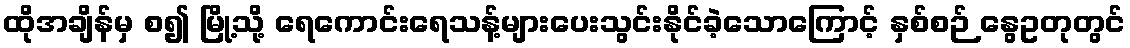
ထိုအချိန်မှ စ၍ မြို့သို့ ရေကောင်းရေသန့်များပေးသွင်းနိုင်ခဲ့သောကြောင့် နှစ်စဉ် နွေဥတုတွင်